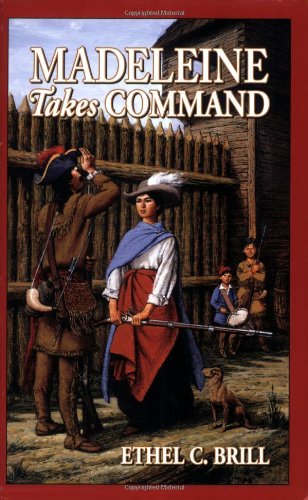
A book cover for Madeleine Takes Command (Living History Library); Ethel C. Brill; Children's Books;